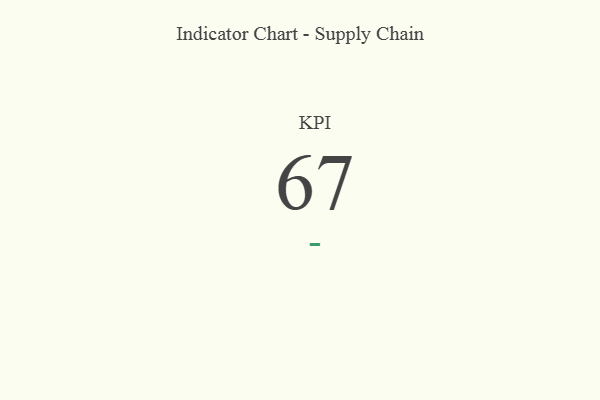
{"axis": {"x": "KPI", "y": "Value"}, "legend": [""], "data": [{"x": "KPI", "y": 67, "type": ""}]}